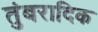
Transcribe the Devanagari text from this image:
तुंबरादिक